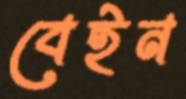
বেইন